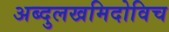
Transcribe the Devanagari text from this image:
अब्दुलखमिदोविच